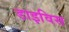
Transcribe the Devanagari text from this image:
डाइविस